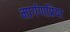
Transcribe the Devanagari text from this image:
मार्गणप्रिया